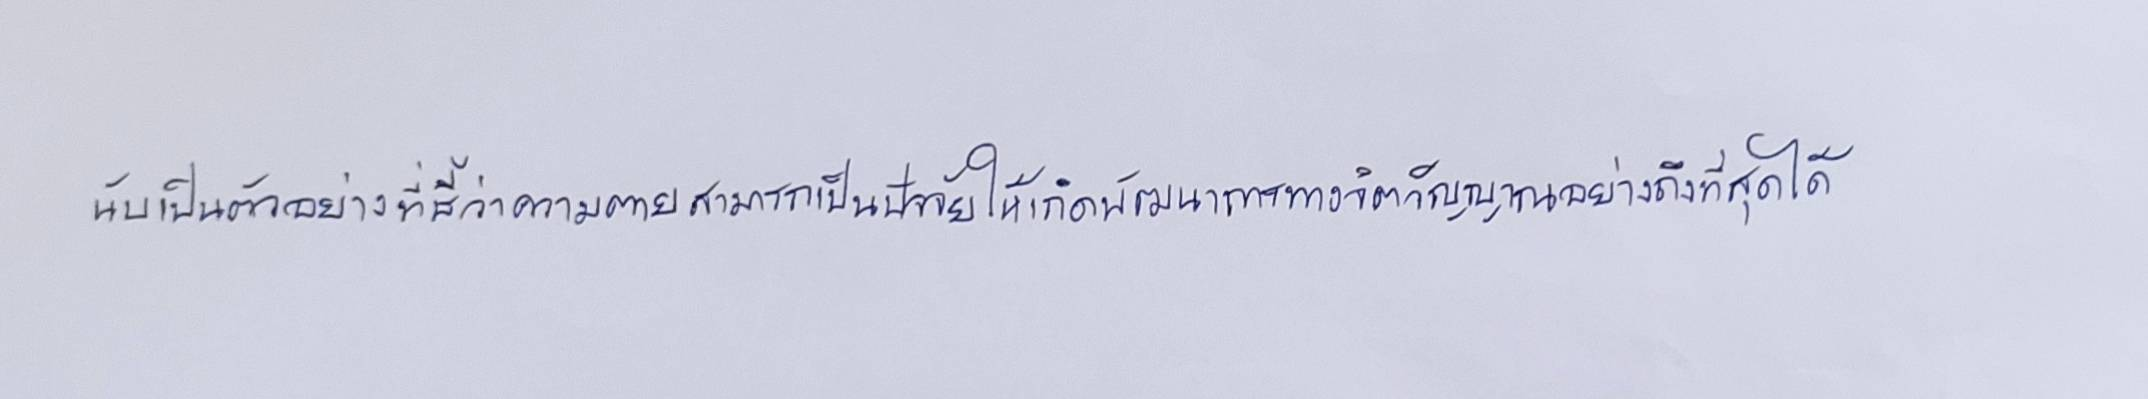
นับเป็นตัวอย่างที่ชี้ว่าความตายสามารถเป็นปัจจัยให้เกิดพัฒนาการทางจิตวิญญาณอย่างถึงที่สุดได้